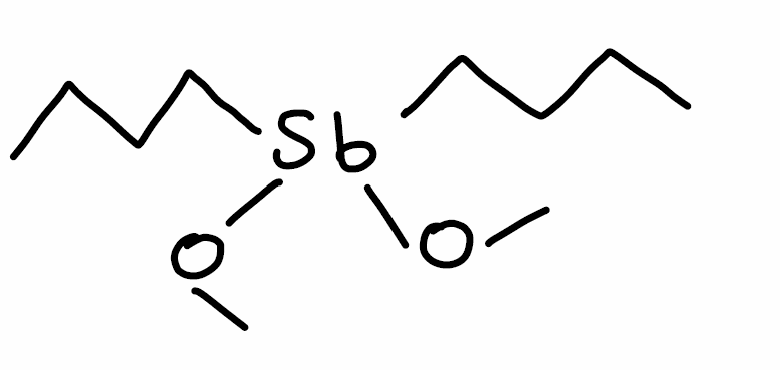
Simplified molecular-input line-entry system (SMILES) notation of the given molecule:
CCCC[Sb](CCCC)(OC)OC